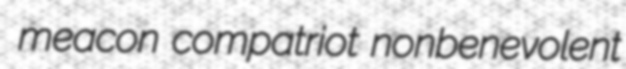
meacon compatriot nonbenevolent